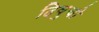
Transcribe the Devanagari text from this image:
दिवुचो